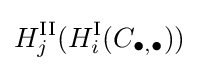
H_{j}^{\textrm {II}}(H_{i}^{\textrm {I}}(C_{\bullet ,\bullet }))